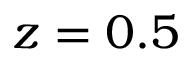
z = 0 . 5